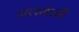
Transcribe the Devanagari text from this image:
अरसवेल्ली